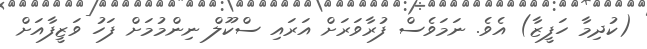
(ކުދިމާ ހަފީޒާ) އެވެ. ނަމަވެސް ފުރާވަރަށް އަރައި ސްކޫލް ނިންމުމަށް ފަހު ވަޒީފާއަށް